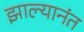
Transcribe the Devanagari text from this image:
झाल्यानंत